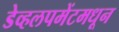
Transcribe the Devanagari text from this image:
डेव्हलपमेंटमधून